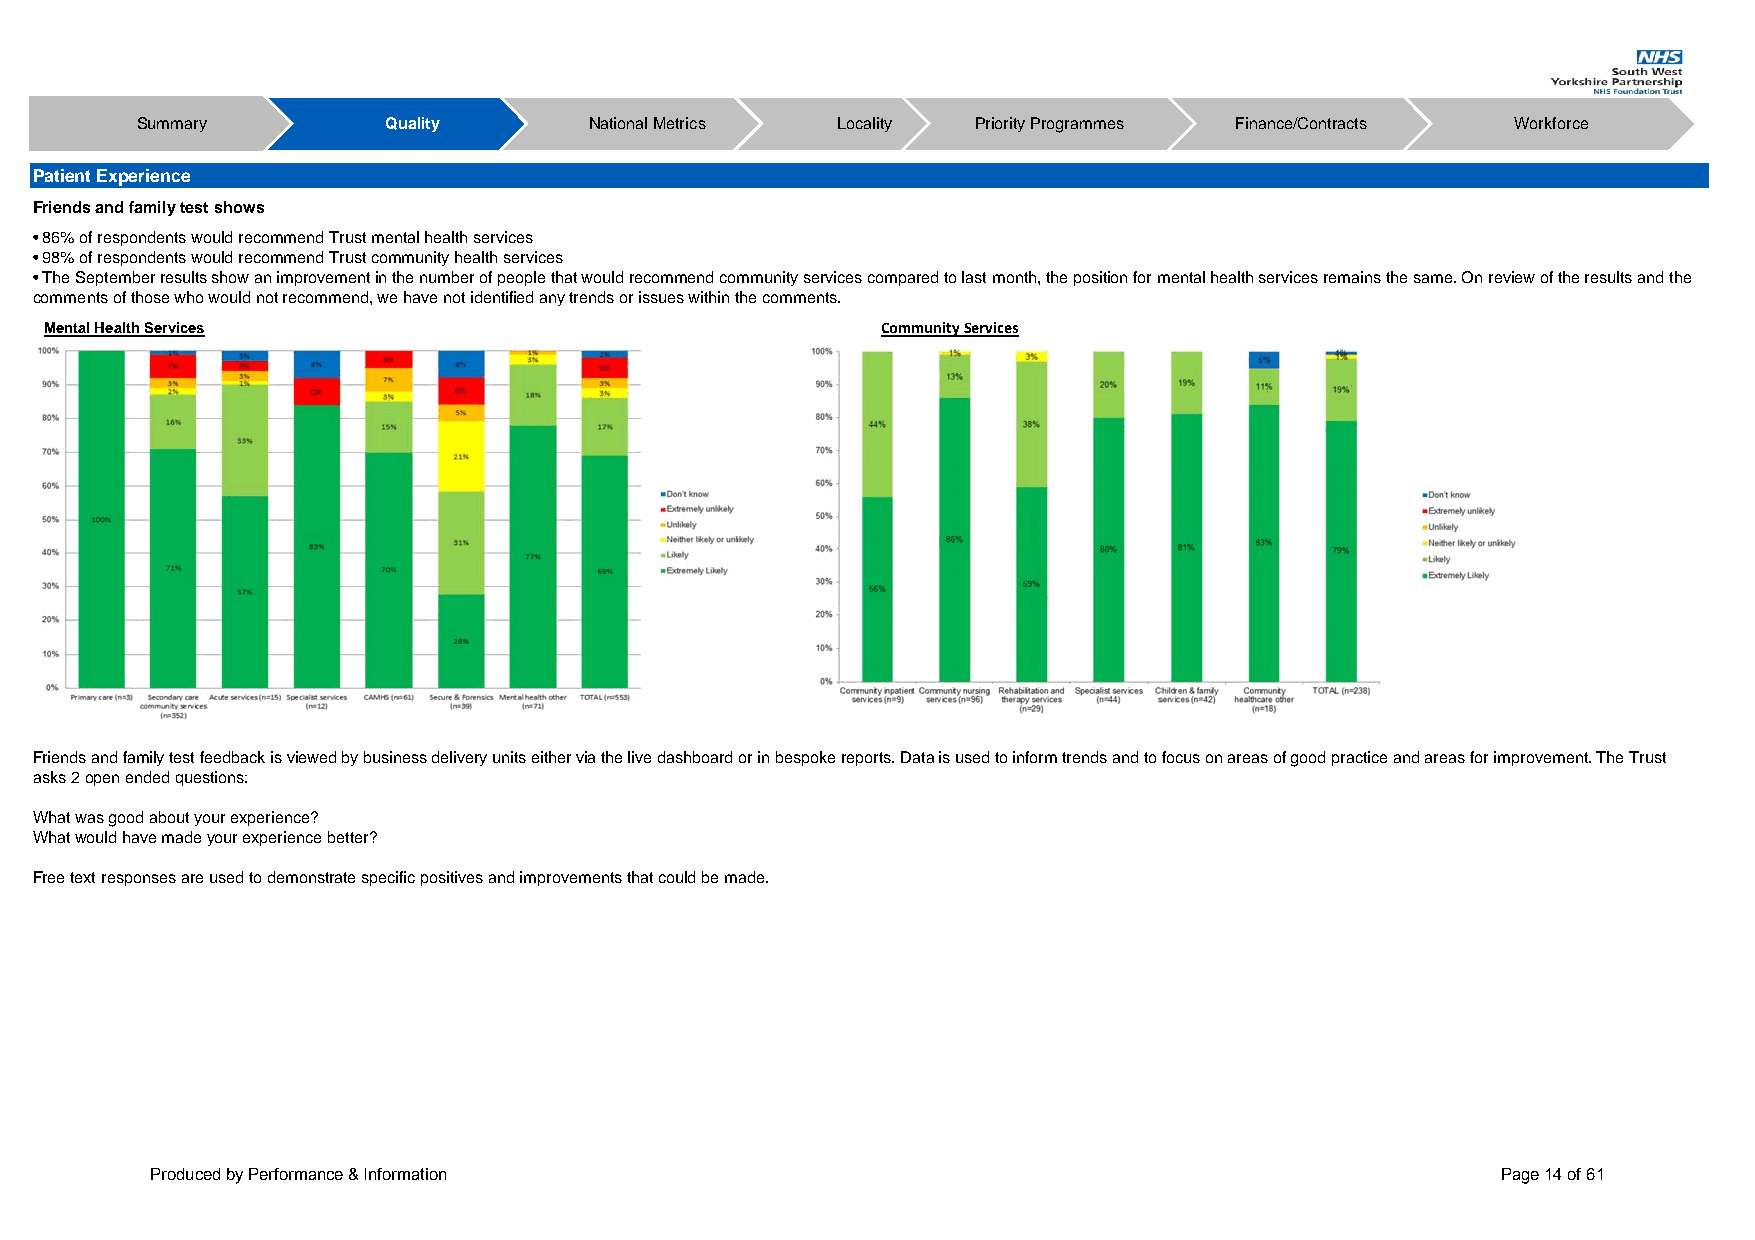
Summary         Quality       National Metrics Locality Priority Programmes Finance/Contracts Workforce
 Patient Experience
 Friends and family test shows
 • 86% of respondents would recommend Trust mental health services
 • 98% of respondents would recommend Trust community health services
 • The September results show an improvement in the number of people that would recommend community services compared to last month, the position for mental health services remains the same. On review of the results and the
 comments of those who would not recommend, we have not identified any trends or issues within the comments.
 Mental Health Services                                 Community Services
 Friends and family test feedback is viewed by business delivery units either via the live dashboard or in bespoke reports. Data is used to inform trends and to focus on areas of good practice and areas for improvement. The Trust
 asks 2 open ended questions:
 What was good about your experience?
 What would have made your experience better?
 Free text responses are used to demonstrate specific positives and improvements that could be made.
 Produced by Performance & Information                                                    Page 14 of 61